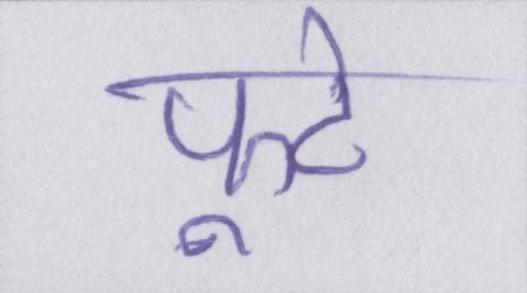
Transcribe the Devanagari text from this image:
फूटे